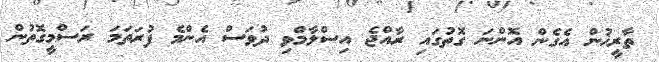
ތާރީޚުން އެގެން އޮންނަ ގޮތުގައި ރާއްޖެ އިސްލާމްވި ދުވަސް އެންމެ ފުރަތަމަ ރަސްމީގޮތުން